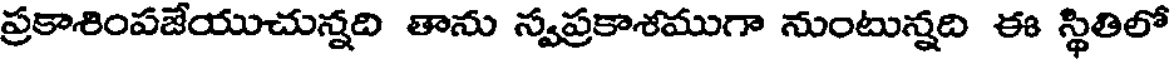
ప్రకాశింపజేయుచున్నది తాను స్వప్రకాశముగా నుంటున్నది ఈ స్థితిలో